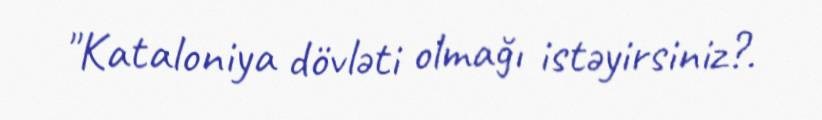
"Kataloniya dövləti olmağı istəyirsiniz?.